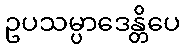
ဥပသမ္ပာဒေန္တိပေ